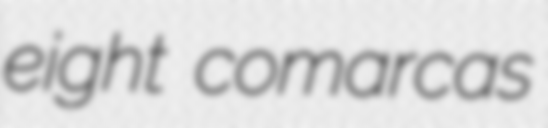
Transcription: eight comarcas